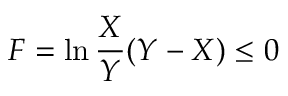
F = \ln \frac { X } { Y } ( Y - X ) \leq 0